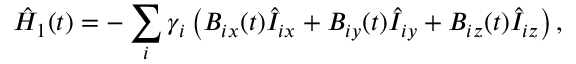
\hat { H } _ { 1 } ( t ) = - \sum _ { i } \gamma _ { i } \left( B _ { i x } ( t ) \hat { I } _ { i x } + B _ { i y } ( t ) \hat { I } _ { i y } + B _ { i z } ( t ) \hat { I } _ { i z } \right) ,